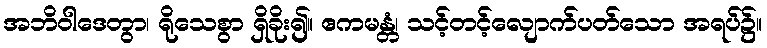
အဘိဝါဒေတွာ၊ ရိုသေစွာ ရှိခိုး၍။ ဧကမန္တံ၊ သင့်တင့်လျောက်ပတ်သော အရပ်၌။